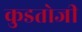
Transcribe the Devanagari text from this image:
कुडतोजी